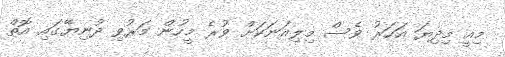
މިއީ މިދިޔަ އަހަރު ވެސް މިލިއަނަކަށް ވުރެ މީހުން މަރުވި ދުނިޔޭގައި އޮތް